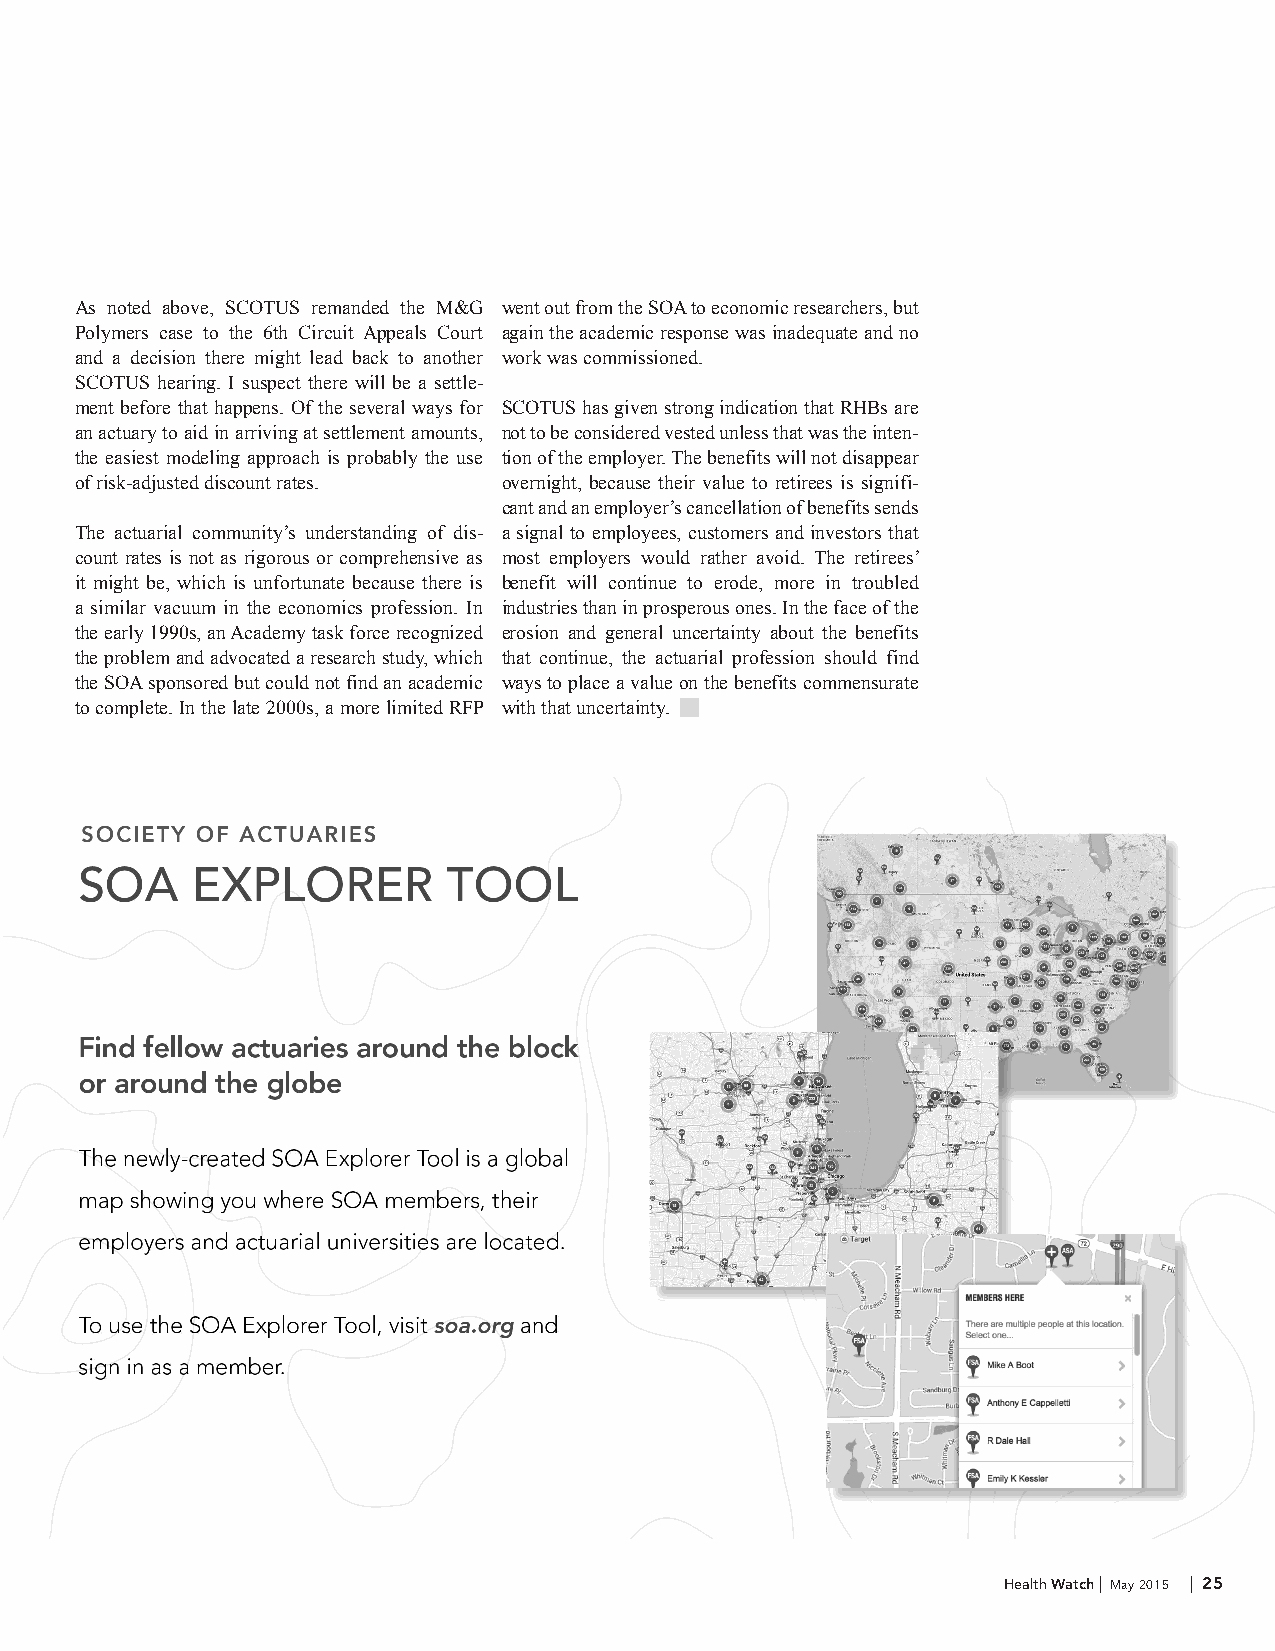
As noted above, SCOTUS remanded the M&G went out from the SOA to economic researchers, but
 Polymers case to the 6th Circuit Appeals Court again the academic response was inadequate and no
 and a decision there might lead back to another work was commissioned.
 SCOTUS hearing. I suspect there will be a settle-
 ment before that happens. Of the several ways for SCOTUS has given strong indication that RHBs are
 an actuary to aid in arriving at settlement amounts, not to be considered vested unless that was the inten-
 the easiest modeling approach is probably the use tion of the employer. The benefits will not disappear
 of risk-adjusted discount rates. overnight, because their value to retirees is signifi-
 cant and an employer’s cancellation of benefits sends
 The actuarial community’s understanding of dis- a signal to employees, customers and investors that
 count rates is not as rigorous or comprehensive as most employers would rather avoid. The retirees’
 it might be, which is unfortunate because there is benefit will continue to erode, more in troubled
 a similar vacuum in the economics profession. In industries than in prosperous ones. In the face of the
 the early 1990s, an Academy task force recognized erosion and general uncertainty about the benefits
 the problem and advocated a research study, which that continue, the actuarial profession should find
 the SOA sponsored but could not find an academic ways to place a value on the benefits commensurate
 to complete. In the late 2000s, a more limited RFP with that uncertainty.
 Health Watch | May 2015 | 25